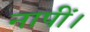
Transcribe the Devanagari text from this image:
नापीं।